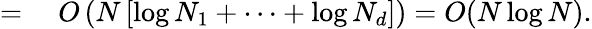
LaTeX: \begin{array}{rl}{={}}&{{}O\left(N\left[\log N_{1}+\cdots+\log N_{d}\right]\right)=O(N\log N).}\end{array}